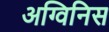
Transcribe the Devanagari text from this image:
अग्विनिस